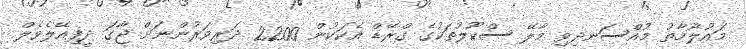
މައުލޫމާތު މުއްސަނދިވި މާލޭ ސްކޫލުތަކުގެ ގްރޭޑް އެކަކުން 2200 ދަރިވަރުންނަށް ޖާގަ ދީފިއޭލެވެލް